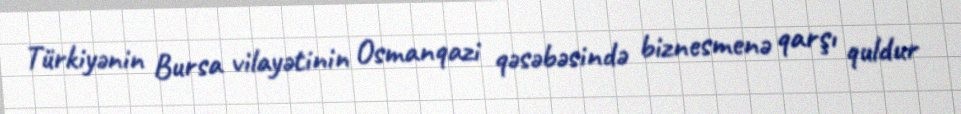
Türkiyənin Bursa vilayətinin Osmanqazi qəsəbəsində biznesmenə qarşı quldur